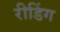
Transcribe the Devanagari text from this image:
रीडिंग